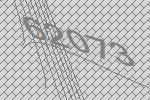
62073